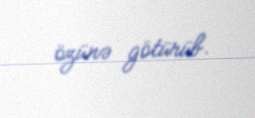
özünə götürüb.